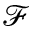
\mathcal { F }